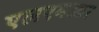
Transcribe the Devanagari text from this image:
एलएमआर